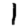
Digit: 1